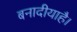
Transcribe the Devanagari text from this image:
बनादीयाहै।